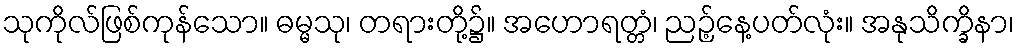
သုကိုလ်ဖြစ်ကုန်သော။ ဓမ္မသု၊ တရားတို့၌။ အဟောရတ္တံ၊ ညဉ့်နေ့ပတ်လုံး။ အနုသိက္ခိနာ၊